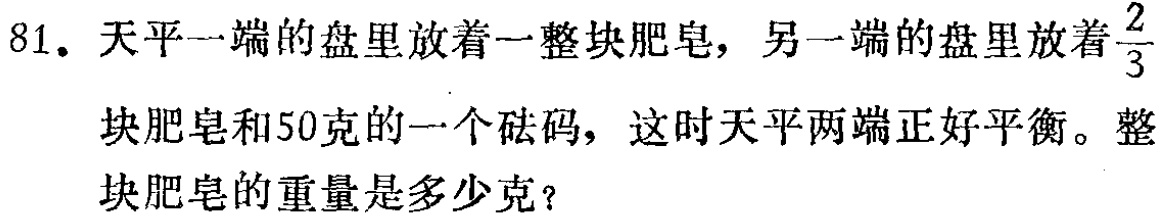
81. 天平一端的盘里放着一整块肥皂，另一端的盘里放着$\frac{2}{3}$块肥皂和50克的一个砝码，这时天平两端正好平衡。整块肥皂的重量是多少克？